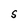
Character: S